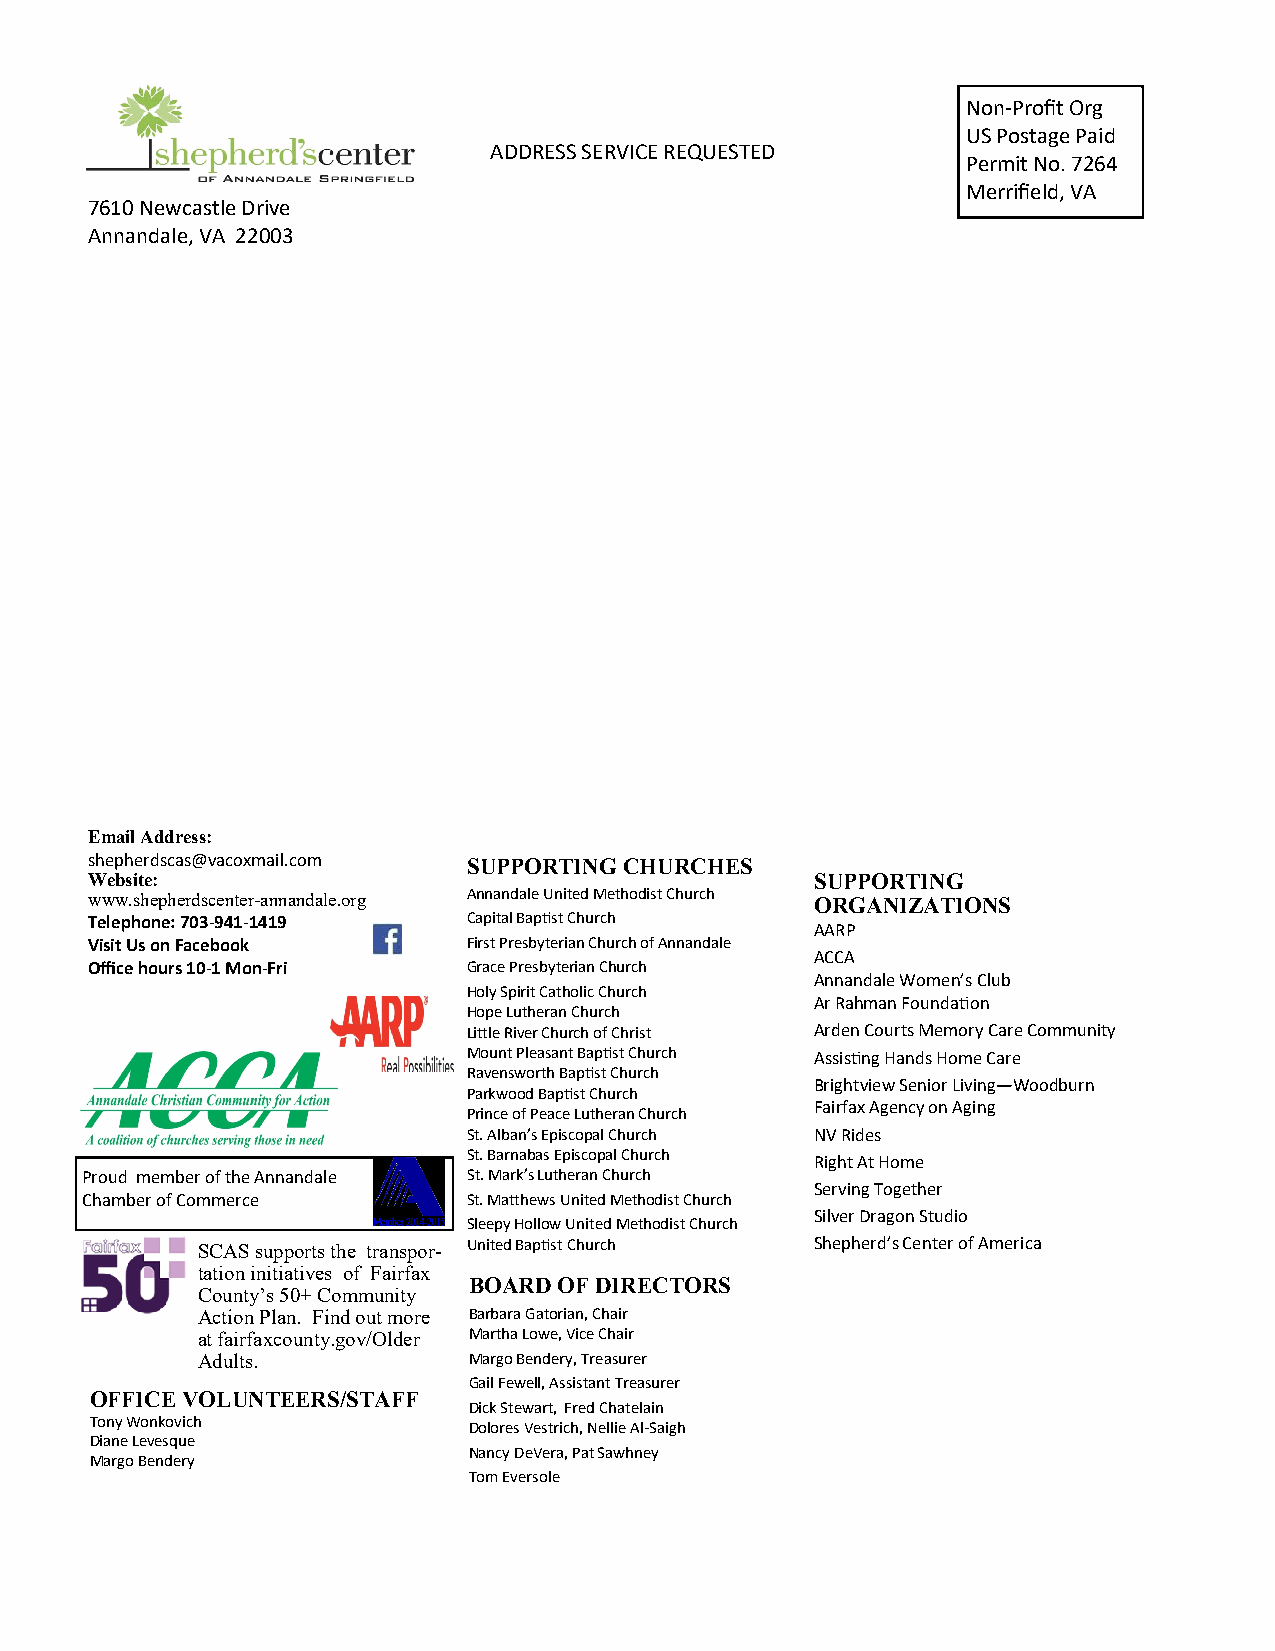
Non-Profit Org
 US Postage Paid
 ADDRESS SERVICE REQUESTED
 Permit No. 7264
 Merrifield, VA
 7610 Newcastle Drive
 Annandale, VA 22003
 Email Address:
 shepherdscas@vacoxmail.com SUPPORTING CHURCHES
 Website:                                        SUPPORTING
 www.shepherdscenter-annandale.org Annandale United Methodist Church ORGANIZATIONS
 Telephone: 703-941-1419  Capital Baptist Church
 AARP
 Visit Us on Facebook     First Presbyterian Church of Annandale
 ACCA
 Office hours 10-1 Mon-Fri Grace Presbyterian Church
 Annandale Women’s Club
 Holy Spirit Catholic Church
 Ar Rahman Foundation
 Hope Lutheran Church
 Little River Church of Christ Arden Courts Memory Care Community
 Mount Pleasant Baptist Church Assisting Hands Home Care
 Ravensworth Baptist Church
 Brightview Senior Living—Woodburn
 Parkwood Baptist Church
 Fairfax Agency on Aging
 Prince of Peace Lutheran Church
 St. Alban’s Episcopal Church NV Rides
 St. Barnabas Episcopal Church Right At Home
 Proud member of the Annandale St. Mark’s Lutheran Church
 Serving Together
 Chamber of Commerce       St. Matthews United Methodist Church
 Silver Dragon Studio
 Sleepy Hollow United Methodist Church
 SCAS supports the transpor- United Baptist Church Shepherd’s Center of America
 tation initiatives of Fairfax
 BOARD OF DIRECTORS
 County’s 50+ Community
 Action Plan. Find out more Barbara Gatorian, Chair
 at fairfaxcounty.gov/Older Martha Lowe, Vice Chair
 Adults.           Margo Bendery, Treasurer
 Gail Fewell, Assistant Treasurer
 OFFICE VOLUNTEERS/STAFF
 Dick Stewart, Fred Chatelain
 Tony Wonkovich           Dolores Vestrich, Nellie Al-Saigh
 Diane Levesque
 Nancy DeVera, Pat Sawhney
 Margo Bendery
 Tom Eversole